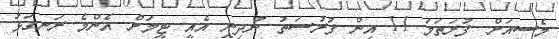
މެސީއަށް ފުރަތަމަ 11 އިން ފުރުސަތު ނުދިނީ އެއީ ޓީމަށް އެންމެ ރަނގަޅު